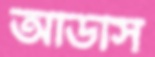
অডিসি